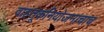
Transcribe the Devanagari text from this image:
वाहतूकनियोजनाचाच